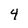
Character: 4